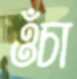
ওঁচা